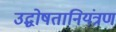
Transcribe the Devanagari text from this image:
उद्घोषतानियंत्रण